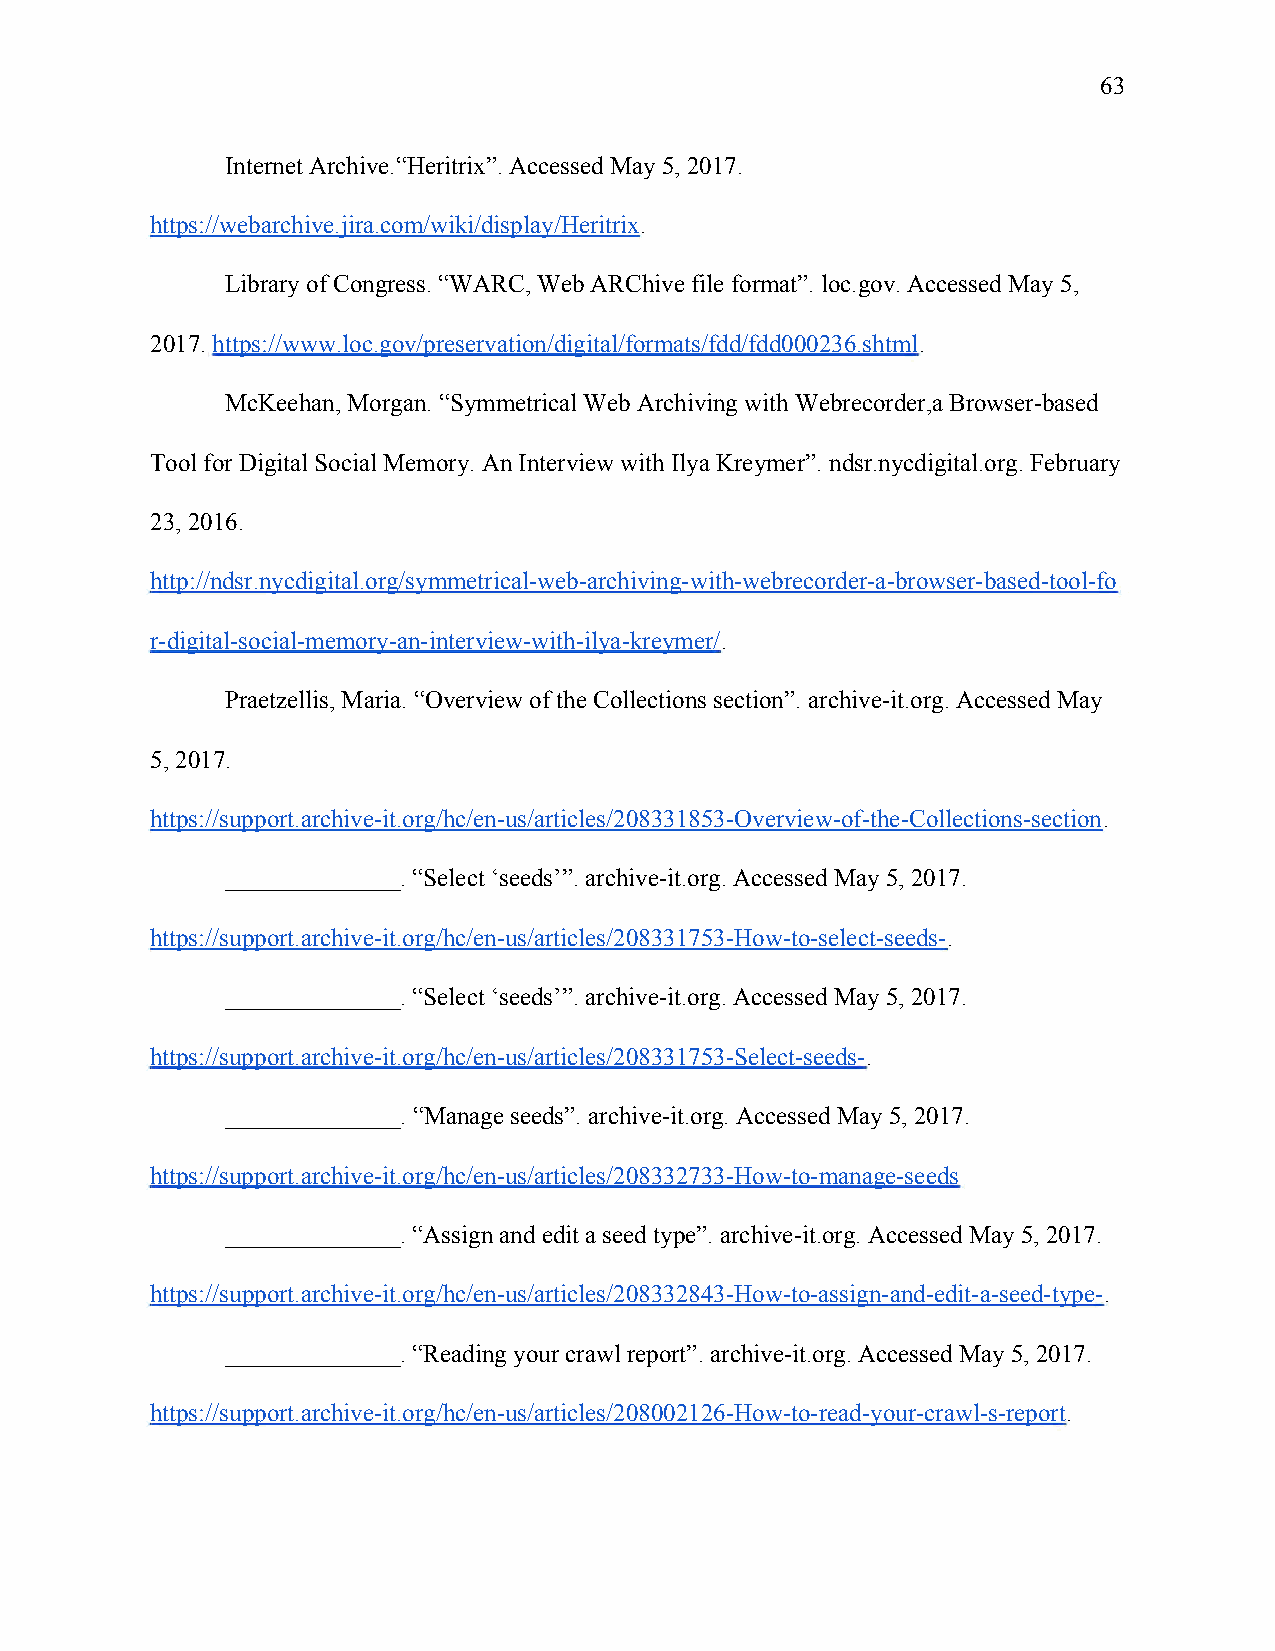
63
 Internet Archive.“Heritrix”. Accessed May 5, 2017.
 https://webarchive.jira.com/wiki/display/Heritrix.
 ​
 Library of Congress. “WARC, Web ARChive file format”. loc.gov. Accessed May 5,
 2017. https://www.loc.gov/preservation/digital/formats/fdd/fdd000236.shtml.
 ​                                              ​
 McKeehan, Morgan. “Symmetrical Web Archiving with Webrecorder,a Browser-based
 ​
 Tool for Digital Social Memory. An Interview with Ilya Kreymer”. ndsr.nycdigital.org. February
 23, 2016.
 http://ndsr.nycdigital.org/symmetrical-web-archiving-with-webrecorder-a-browser-based-tool-fo
 r-digital-social-memory-an-interview-with-ilya-kreymer/.
 ​
 Praetzellis, Maria. “Overview of the Collections section”. archive-it.org. Accessed May
 5, 2017.
 https://support.archive-it.org/hc/en-us/articles/208331853-Overview-of-the-Collections-section.
 ​
 ______________. “Select ‘seeds’”. archive-it.org. Accessed May 5, 2017.
 https://support.archive-it.org/hc/en-us/articles/208331753-How-to-select-seeds-.
 ​
 ______________. “Select ‘seeds’”. archive-it.org. Accessed May 5, 2017.
 https://support.archive-it.org/hc/en-us/articles/208331753-Select-seeds-.
 ​
 ______________. “Manage seeds”. archive-it.org. Accessed May 5, 2017.
 https://support.archive-it.org/hc/en-us/articles/208332733-How-to-manage-seeds
 ______________. “Assign and edit a seed type”. archive-it.org. Accessed May 5, 2017.
 https://support.archive-it.org/hc/en-us/articles/208332843-How-to-assign-and-edit-a-seed-type-.
 ​
 ______________. “Reading your crawl report”. archive-it.org. Accessed May 5, 2017.
 https://support.archive-it.org/hc/en-us/articles/208002126-How-to-read-your-crawl-s-report.
 ​